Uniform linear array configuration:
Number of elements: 4
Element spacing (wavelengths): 1
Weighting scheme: kaiser
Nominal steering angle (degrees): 30
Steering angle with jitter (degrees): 30.765
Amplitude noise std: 0.05
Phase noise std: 0.05

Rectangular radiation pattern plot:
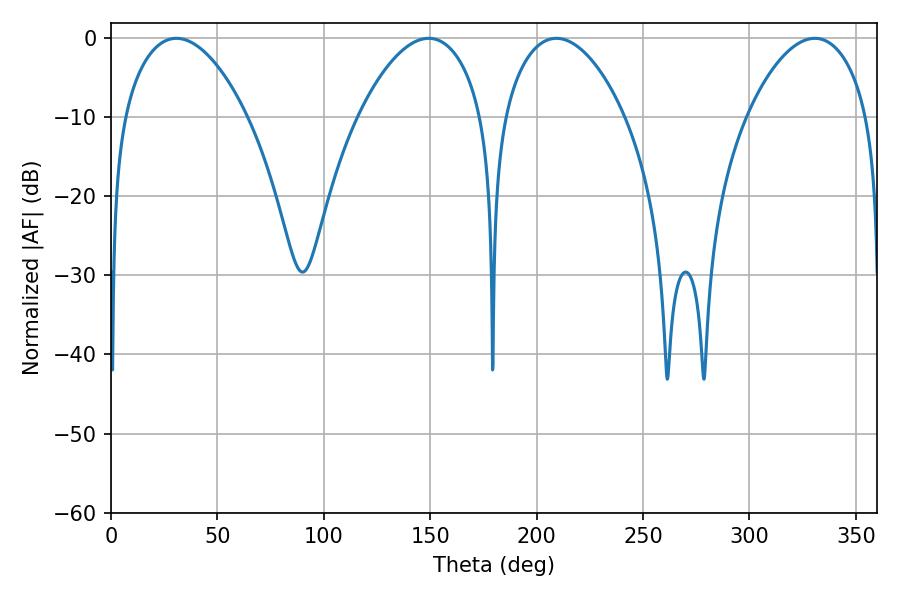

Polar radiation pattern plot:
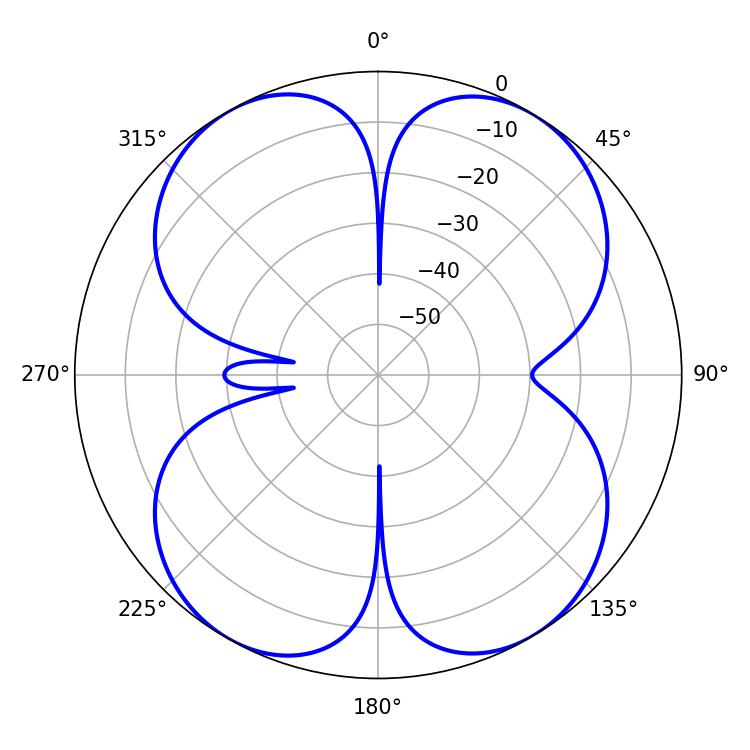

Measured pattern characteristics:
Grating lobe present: TRUE
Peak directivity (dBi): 16.58
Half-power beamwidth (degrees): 32.4
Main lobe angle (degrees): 30.78